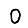
Digit: 0